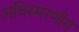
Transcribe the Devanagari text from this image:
अविस्‍मरणीय